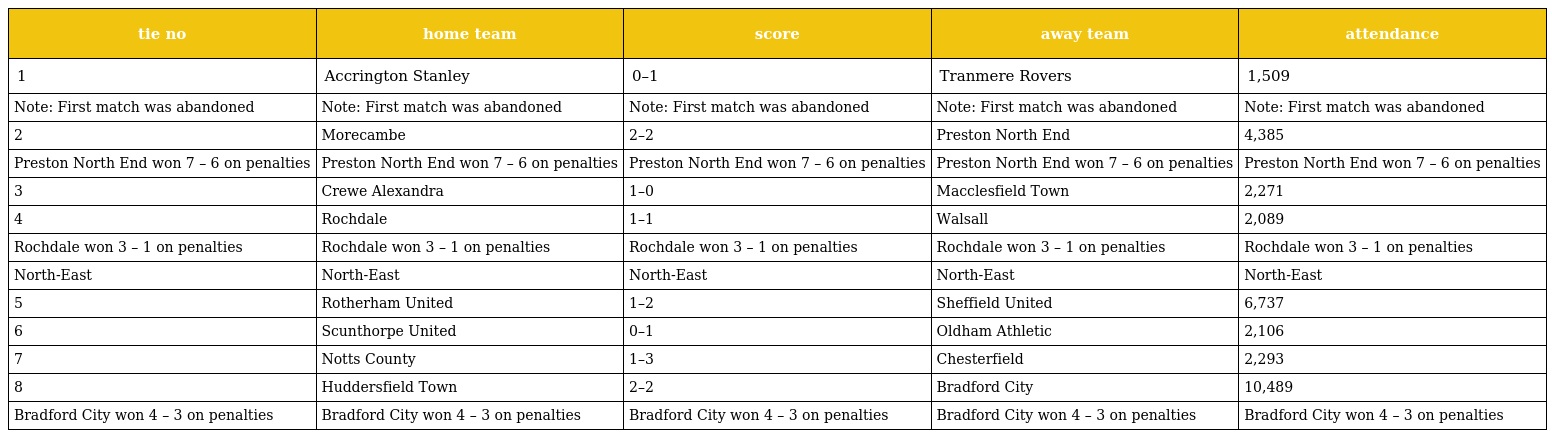
| tie no | home team | score | away team | attendance |
 | --- | --- | --- | --- | --- |
 | 1 | Accrington Stanley | 0–1 | Tranmere Rovers | 1,509 |
 | Note: First match was abandoned | Note: First match was abandoned | Note: First match was abandoned | Note: First match was abandoned | Note: First match was abandoned |
 | 2 | Morecambe | 2–2 | Preston North End | 4,385 |
 | Preston North End won 7 – 6 on penalties | Preston North End won 7 – 6 on penalties | Preston North End won 7 – 6 on penalties | Preston North End won 7 – 6 on penalties | Preston North End won 7 – 6 on penalties |
 | 3 | Crewe Alexandra | 1–0 | Macclesfield Town | 2,271 |
 | 4 | Rochdale | 1–1 | Walsall | 2,089 |
 | Rochdale won 3 – 1 on penalties | Rochdale won 3 – 1 on penalties | Rochdale won 3 – 1 on penalties | Rochdale won 3 – 1 on penalties | Rochdale won 3 – 1 on penalties |
 | North-East | North-East | North-East | North-East | North-East |
 | 5 | Rotherham United | 1–2 | Sheffield United | 6,737 |
 | 6 | Scunthorpe United | 0–1 | Oldham Athletic | 2,106 |
 | 7 | Notts County | 1–3 | Chesterfield | 2,293 |
 | 8 | Huddersfield Town | 2–2 | Bradford City | 10,489 |
 | Bradford City won 4 – 3 on penalties | Bradford City won 4 – 3 on penalties | Bradford City won 4 – 3 on penalties | Bradford City won 4 – 3 on penalties | Bradford City won 4 – 3 on penalties |